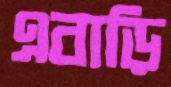
এবাড়ি